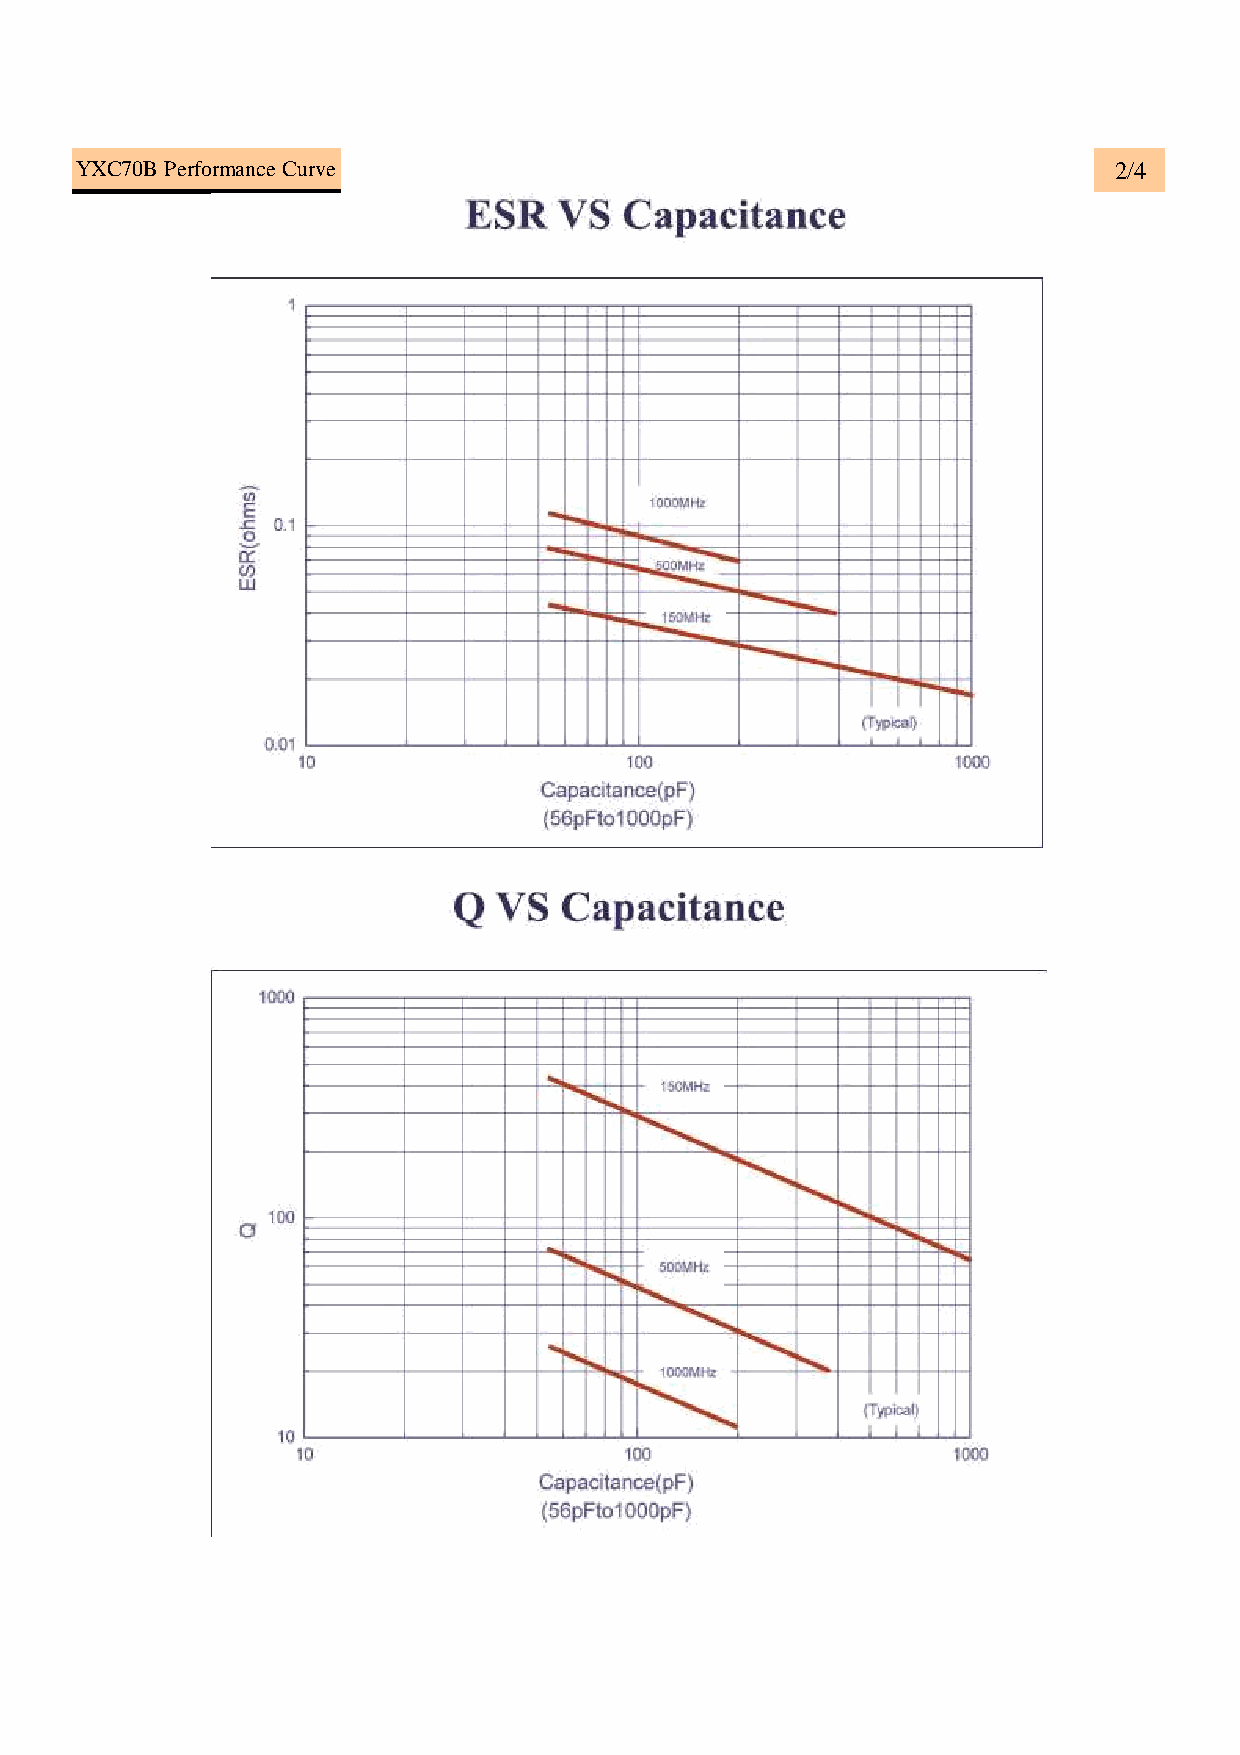
YXC70B Performance Curve                                             2/4